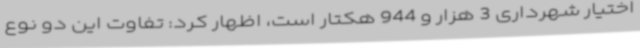
اختیار شهرداری 3 هزار و 944 هکتار است، اظهار کرد: تفاوت این دو نوع